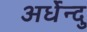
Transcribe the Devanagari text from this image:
अर्धेन्दु